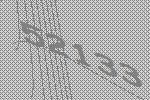
52133